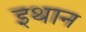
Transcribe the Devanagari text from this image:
इथान